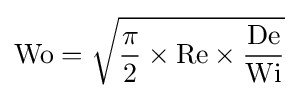
{\text{Wo}}={\sqrt {{\dfrac {\pi }{2}}\times {\text{Re}}\times {\dfrac {\text{De}}{\text{Wi}}}}}